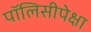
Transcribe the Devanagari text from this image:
पॉलिसीपेक्षा